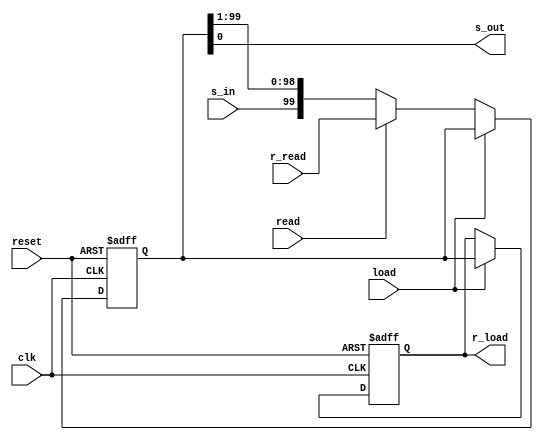
// referencedesigner.com
// Example of shift register
module shiftregister
   #(parameter N=100)
   (
    input clk, reset, load, read,
    input s_in,
    output s_out,
    output [N-1:0] r_load,
    input [N-1:0] r_read
   );
 
   reg [N-1:0] r_reg = 0;
   reg [N-1:0] t_load = 0; // or initial coniguration
   
   always @(posedge clk or posedge reset)
   begin
      if (reset) begin
         r_reg <= 0;
	 t_load <= 0; //or initial configuration
      end
      else begin
	 if (load) begin
	    t_load <= r_reg;
         end
	 else if (read) begin
	    r_reg <= r_read; 
         end
         else begin 
            r_reg <= {s_in, r_reg[N-1:1]};
         end
      end
   end	
   assign s_out = r_reg[0];
   assign r_load = t_load;
endmodule